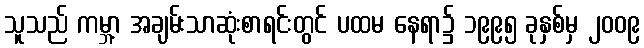
သူသည် ကမ္ဘာ့ အချမ်းသာဆုံးစာရင်းတွင် ပထမ နေရာ၌ ၁၉၉၅ ခုနှစ်မှ ၂၀၀၉